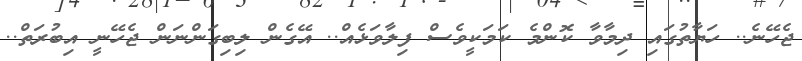
ޖެހޭނެ.. ހަޔާތުގައި ދިމާވާ ކޮންމެ ކަމަކީވެސް ފިލާވަޅެއް.. އޭގެން ލިބިގަންނަން ޖެހޭނީ އިބުރަތް..